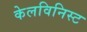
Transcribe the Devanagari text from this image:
केलविनिस्ट